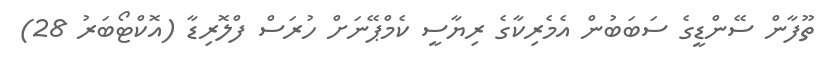
ތޫފާން ސޭންޑީގެ ސަބަބުން އެމެރިކާގެ ރިޔާސީ ކެމްޕޭނަށް ހުރަސް ފްލޮރިޑާ (އޮކްޓޯބަރު 28)